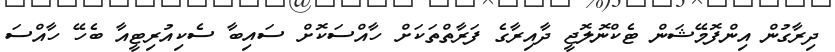
ދިރާގުން އިންފޮމޭޝަން ޓެކްނޮލޮޖީ ދާއިރާގެ ފަރާތްތަކަށް ހާއްސަކޮށް ސައިބާ ސެކިއުރިޓީއާ ބެހޭ ހާއްސަ